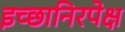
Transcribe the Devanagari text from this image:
इच्छानिरपेक्ष